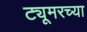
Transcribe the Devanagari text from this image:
ट्यूमरच्या